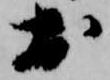
於